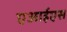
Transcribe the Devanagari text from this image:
एआईएस